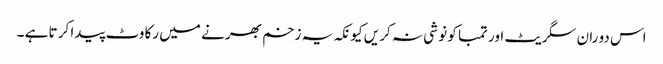
اس دو ران سگر یٹ اور تمبا کو نو شی نہ کر یں کیو نکہ یہ زخم بھر نے میں رکا وٹ پیدا کر تا ہے ۔